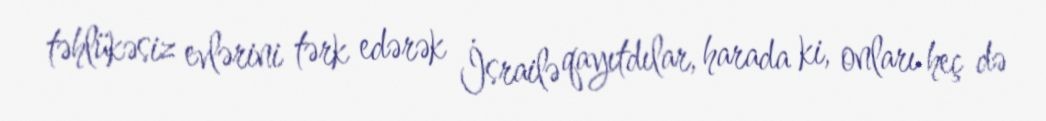
təhlükəsiz evlərini tərk edərək İsrailə qayıtdılar, harada ki, onları heç də